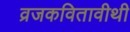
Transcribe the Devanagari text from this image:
व्रजकवितावीथी